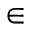
\in